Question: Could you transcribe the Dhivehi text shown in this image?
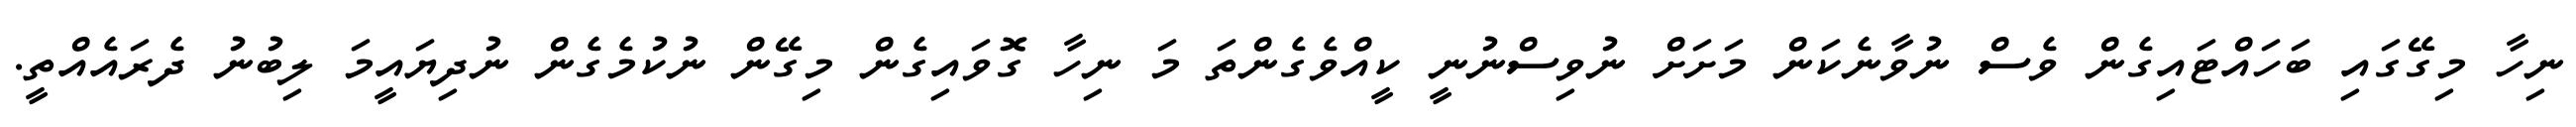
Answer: ނިހާ މިގޭގައި ބަހައްޓައިގެން ވެސް ނުވާނެކަން މަށަށް ނުވިސްނުނީ ކީއްވެގެންތަ މަ ނިހާ ގޮވައިގެން މިގޭން ނުކުމެގެން ނުދިޔައީމަ ލިބުނު ދެރައެއްތީ.